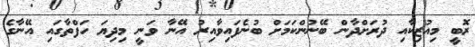
ރޮބީ މިއުޒިކާއި ދުރަށްދާން ބޭނުންކަމަށް ބުނެފައިވާއިރު އޭނާ ވަނީ މިދިޔަ ހަފްތާގައި އޭނާގެ